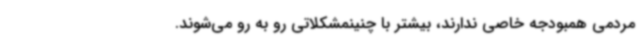
مردمی همبودجه خاصی ندارند، بیشتر با چنینمشکلاتی رو به رو می‌شوند.